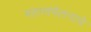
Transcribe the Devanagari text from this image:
महासंमेलनाचे